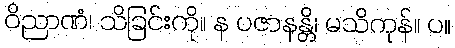
ဝိညာဏံ၊ သိခြင်းကို။ န ပဇာနန္တိ၊ မသိကုန်။ ပ။